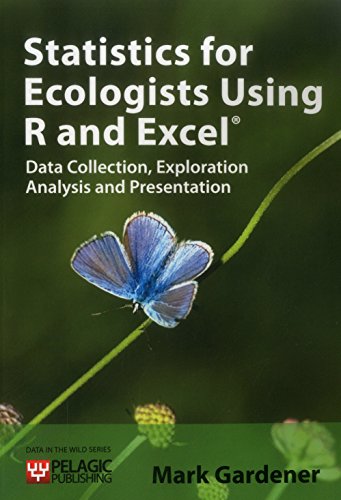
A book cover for Statistics for Ecologists Using R and Excel: Data Collection, Exploration, Analysis and Presentation (Data in the Wild); Mark Gardener; Science & Math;